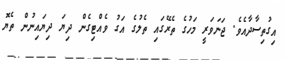
އިގުތިސާދާއެވެ. ޖަނަވަރީ މަހުގެ ތެރޭގައި ތެލުގެ އަގު ވެއްޓިގެން ދިޔަ ދިޔައިނުން ތެޔޮ